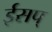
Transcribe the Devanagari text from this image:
ईसप्